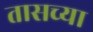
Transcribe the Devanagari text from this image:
तासच्या